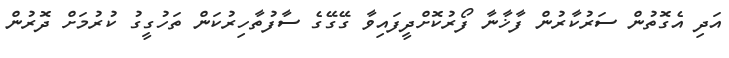
އަދި އެގޮތުން ސަރުކާރުން ފާޚާނާ ފޯރުކޮށްދީފައިވާ ގޭގޭގެ ސާފުތާހިރުކަން ތަހުގީގު ކުރުމަށް ދޮރުން